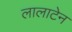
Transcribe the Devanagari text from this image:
लालाटेन